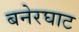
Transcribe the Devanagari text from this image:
बनेरघाट